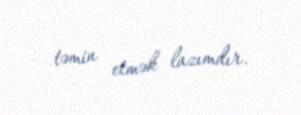
təmin etmək lazımdır.